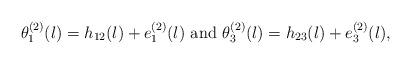
LaTeX: \begin{align*}\theta^{(2)}_{1}(l) = h_{12}(l) + e^{(2)}_{1}(l) \mbox{ and } \theta^{(2)}_{3}(l) = h_{23}(l) + e^{(2)}_{3}(l),\end{align*}